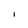
Character: i